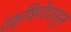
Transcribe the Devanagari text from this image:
दक्षिणेपासुन